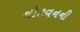
નોટવનની